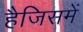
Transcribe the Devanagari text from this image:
हैजिसमें